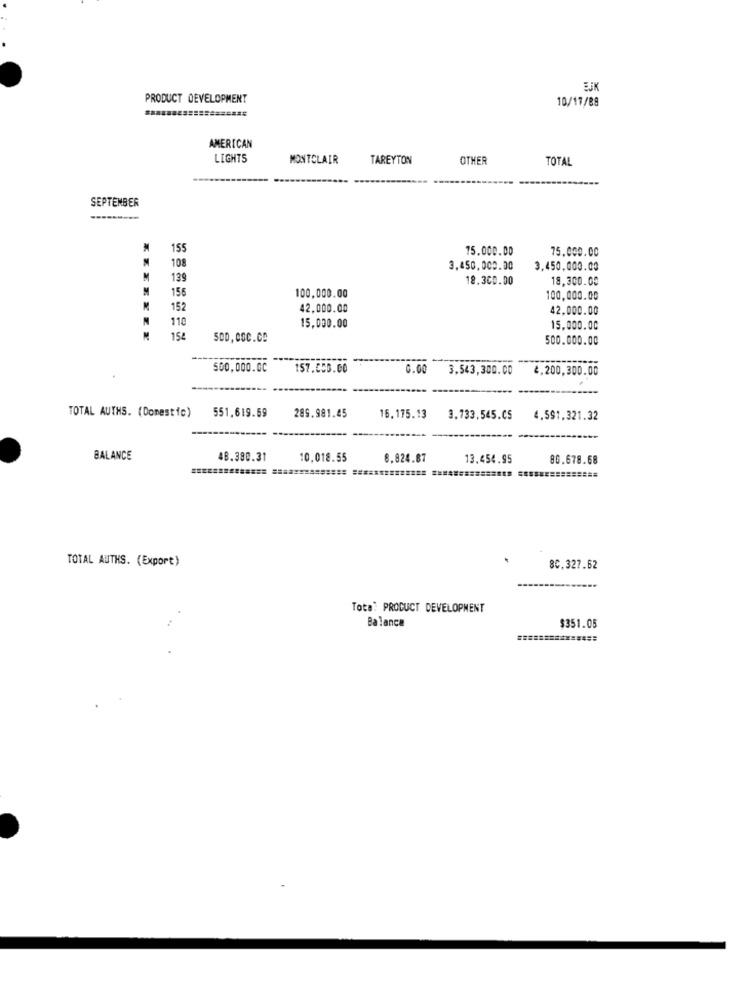
PRODUCT DEVELOPMENT
10/17/88
AMERICAN
LIGHTS
MONTCLAIR
TAREYTON
OTHER
TOTAL
SEPTEMBER
155
75.000.00
75.000.00
108
3,450,000.00
3,450,000.00
139
18.300.00
18,300.00
M
156
100,000.00
100,000.00
152
42,000.00
42,000.00
N
110
15,000.00
15,000.00
154
500.000.00
500.000.00
157.000.00
0.00
3.543,300.00
4,200,300.00
TOTAL AUTHS. (Domestic)
551.619.69
289.981.45
16.175.13
3.733,545.C5
4.591.321.32
BALANCE
48.380.31
10.018.55
8.824.87
13.454.95
80.678.68
=======
TOTAL AUTHS. (Export)
.
8C.327.62
Tota: PRODUCT DEVELOPMENT
Balance
$351.05